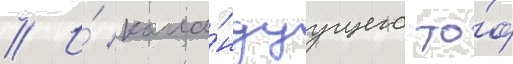
// И́ кома́ндуущего то́ф